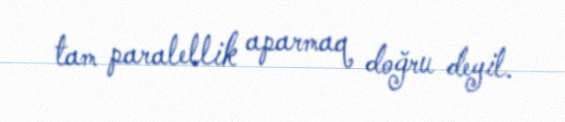
tam paralellik aparmaq doğru deyil.